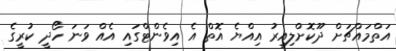
އަތްމައްޗަށް ދޫކޮށްލިއިރު އިއްޔެ އޮތް އެ އިވެންޓްގައި އެއް ވަނަ ހޯދީ ކުރީގެ